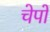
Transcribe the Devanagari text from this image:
चेपों